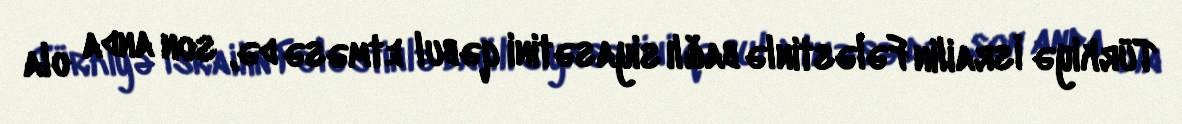
Türkiyə İsrailin Fələstinlə bağlı siyasətini qəbul etməsə də, son anda ola